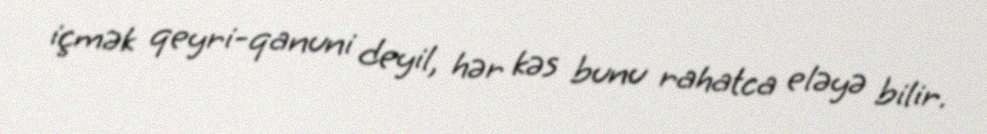
içmək qeyri-qanuni deyil, hər kəs bunu rahatca eləyə bilir.